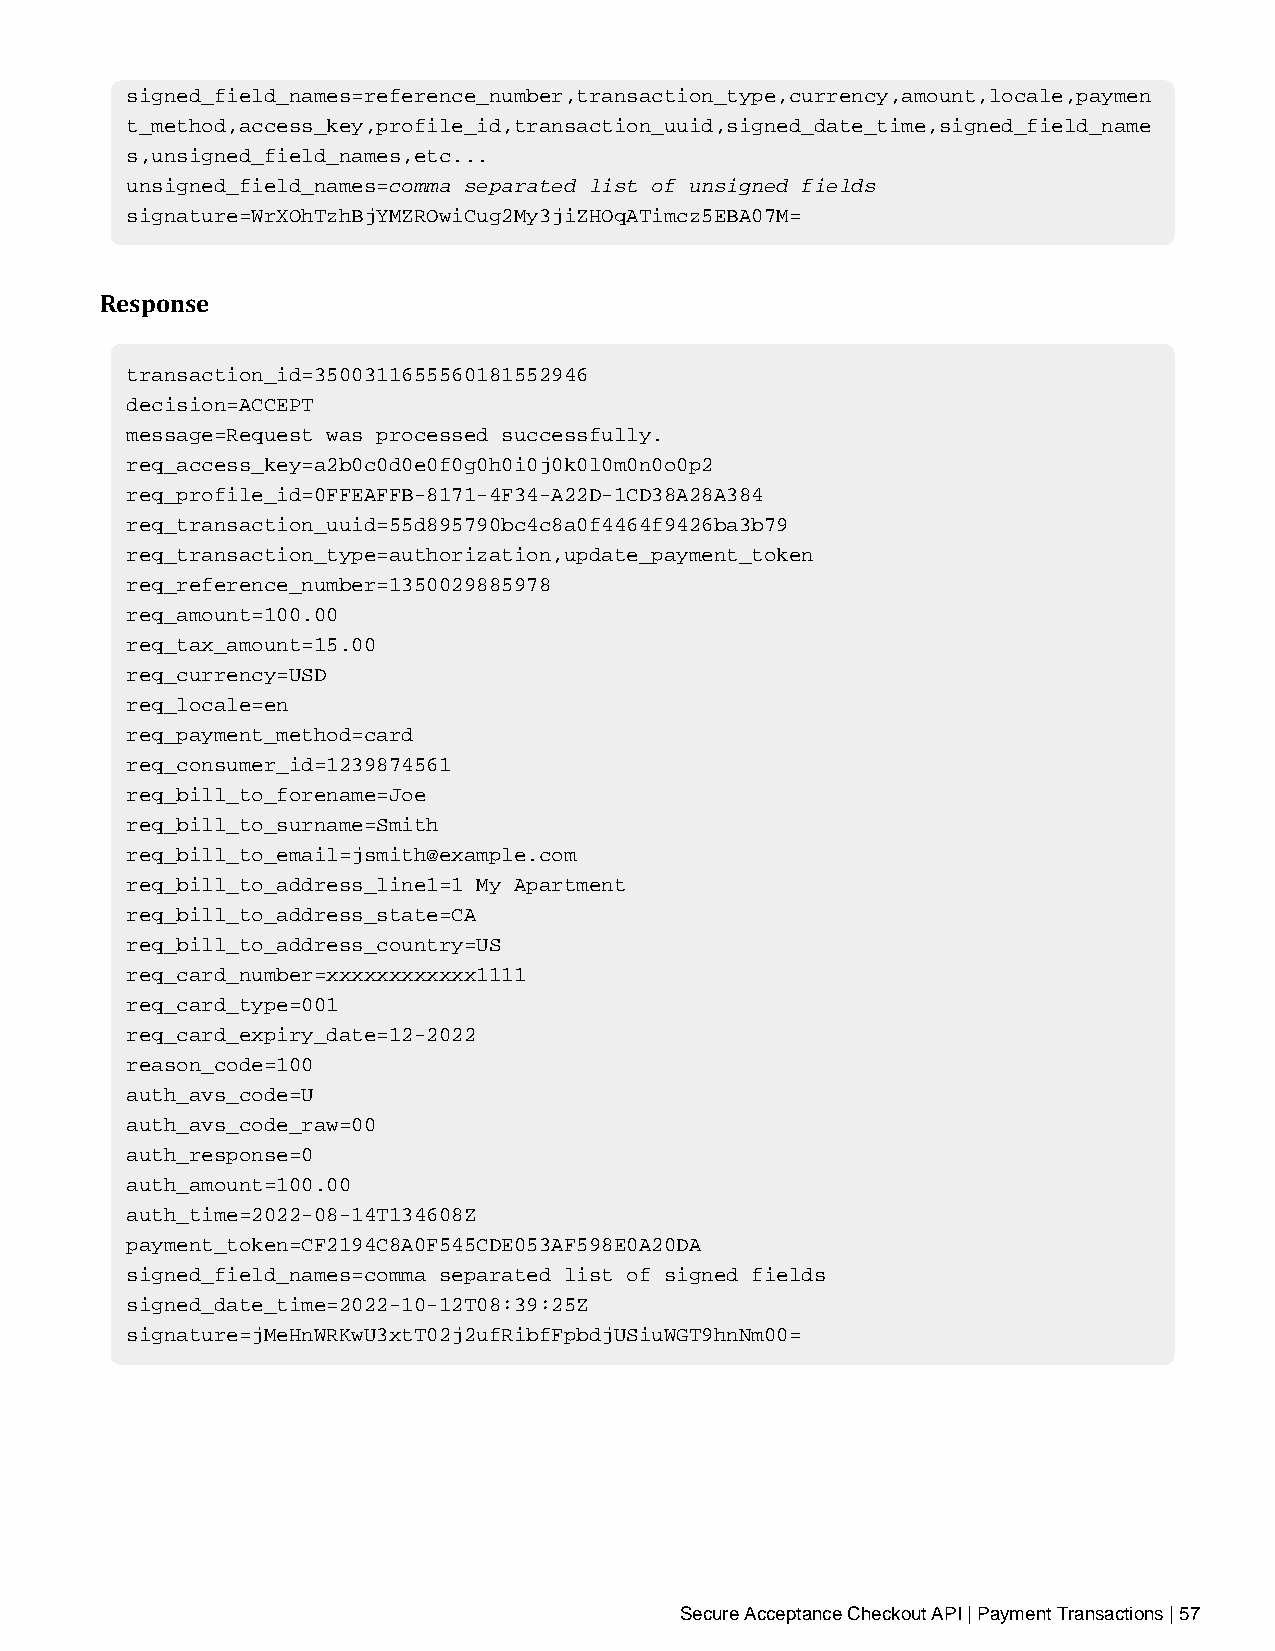
signed_field_names=reference_number,transaction_type,currency,amount,locale,paymen
 t_method,access_key,profile_id,transaction_uuid,signed_date_time,signed_field_name
 s,unsigned_field_names,etc...
 unsigned_field_names=comma separated list of unsigned fields
 signature=WrXOhTzhBjYMZROwiCug2My3jiZHOqATimcz5EBA07M=
 Response
 transaction_id=3500311655560181552946
 decision=ACCEPT
 message=Request was processed successfully.
 req_access_key=a2b0c0d0e0f0g0h0i0j0k0l0m0n0o0p2
 req_profile_id=0FFEAFFB-8171-4F34-A22D-1CD38A28A384
 req_transaction_uuid=55d895790bc4c8a0f4464f9426ba3b79
 req_transaction_type=authorization,update_payment_token
 req_reference_number=1350029885978
 req_amount=100.00
 req_tax_amount=15.00
 req_currency=USD
 req_locale=en
 req_payment_method=card
 req_consumer_id=1239874561
 req_bill_to_forename=Joe
 req_bill_to_surname=Smith
 req_bill_to_email=jsmith@example.com
 req_bill_to_address_line1=1 My Apartment
 req_bill_to_address_state=CA
 req_bill_to_address_country=US
 req_card_number=xxxxxxxxxxxx1111
 req_card_type=001
 req_card_expiry_date=12-2022
 reason_code=100
 auth_avs_code=U
 auth_avs_code_raw=00
 auth_response=0
 auth_amount=100.00
 auth_time=2022-08-14T134608Z
 payment_token=CF2194C8A0F545CDE053AF598E0A20DA
 signed_field_names=comma separated list of signed fields
 signed_date_time=2022-10-12T08:39:25Z
 signature=jMeHnWRKwU3xtT02j2ufRibfFpbdjUSiuWGT9hnNm00=
 Secure Acceptance Checkout API | Payment Transactions | 57